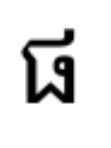
ផ